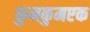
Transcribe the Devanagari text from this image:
कुमकुमएक